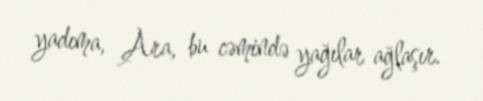
yadıma, Ara, bu cəmində yağılar ağlaşır.